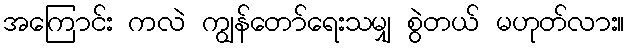
အကြောင်း ကလဲ ကျွန်တော်ရေးသမျှ စွဲတယ် မဟုတ်လား။